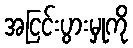
အငြင်းပွားမှုကို